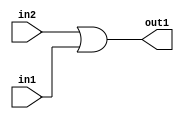
`timescale 1ps / 1ps
/*****************************************************************************
    Verilog RTL Description
    
    
    Created by: Stratus DpOpt 2019.1.01 
*******************************************************************************/

module st_weight_addr_gen_Or_1Ux1U_1U_4_2 (
	in2,
	in1,
	out1
	); /* architecture "behavioural" */ 
input  in2,
	in1;
output  out1;
wire  asc001;

assign asc001 = 
	(in2)
	|(in1);

assign out1 = asc001;
endmodule

/* CADENCE  urfwQgA= : u9/ySgnWtBlWxVPRXgAZ4Og= ** DO NOT EDIT THIS LINE ******/